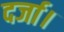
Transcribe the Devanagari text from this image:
दर्जा।